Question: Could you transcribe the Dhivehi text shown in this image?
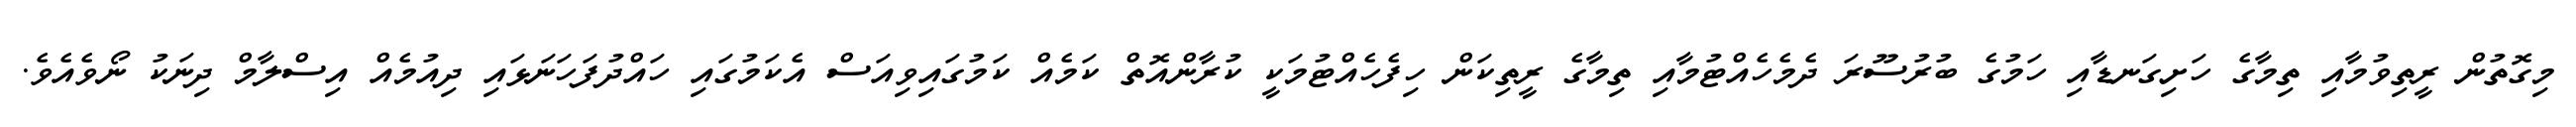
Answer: މިގޮތުން ރީތިވުމާއި ތިމާގެ ހަށިގަނޑާއި ހަމުގެ ބުރުސޫރަ ދެމެހެއްޓުމާއި ތިމާގެ ރީތިކަން ހިފެހެއްޓުމަކީ ކުރާންއޮތް ކަމެއް ކަމުގައިވިއަސް އެކަމުގައި ހައްދުފަހަނަޅައި ދިއުމެއް އިސްލާމް ދިނަކު ނޯވެއެވެ.